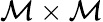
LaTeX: \mathcal{M}\times\mathcal{M}